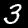
Label: 3